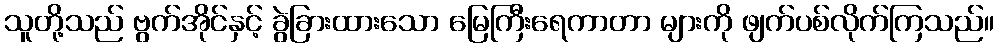
သူတို့သည် ဗွက်အိုင်နှင့် ခွဲခြားထားသော မြေကြီးရေကာတာ များကို ဖျက်ပစ်လိုက်ကြသည်။